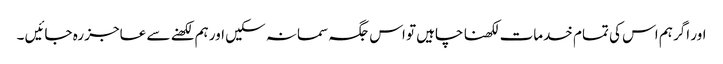
اور اگر ہم اس کی تمام خدمات لکھنا چاہیں تو اس جگہ سمانہ سکیں اور ہم لکھنے سے عاجز رہ جائیں ۔